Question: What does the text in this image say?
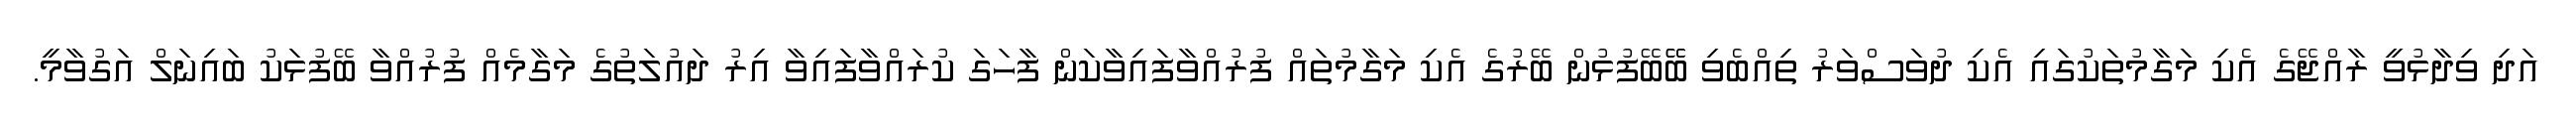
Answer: އަދި ވިދާޅުވީ ރާއްޖޭގެ އެކި މަގާމުތަކުގައި އެކި ދުވަސްވަރު ތިއްބެވި ބޭޭބޭފުޅުން ބޭރުގެ އެކި މަގާމުތައް ފުރުއްވާފައިވާކަން ފާހަގަ ކުރައްވާފައިވާ އިރު ދައުލަތުގެ މަގާމެއް ފުރުއްވާ ބޭފުޅަކު ބައިނަލް އަގުވާމީ.